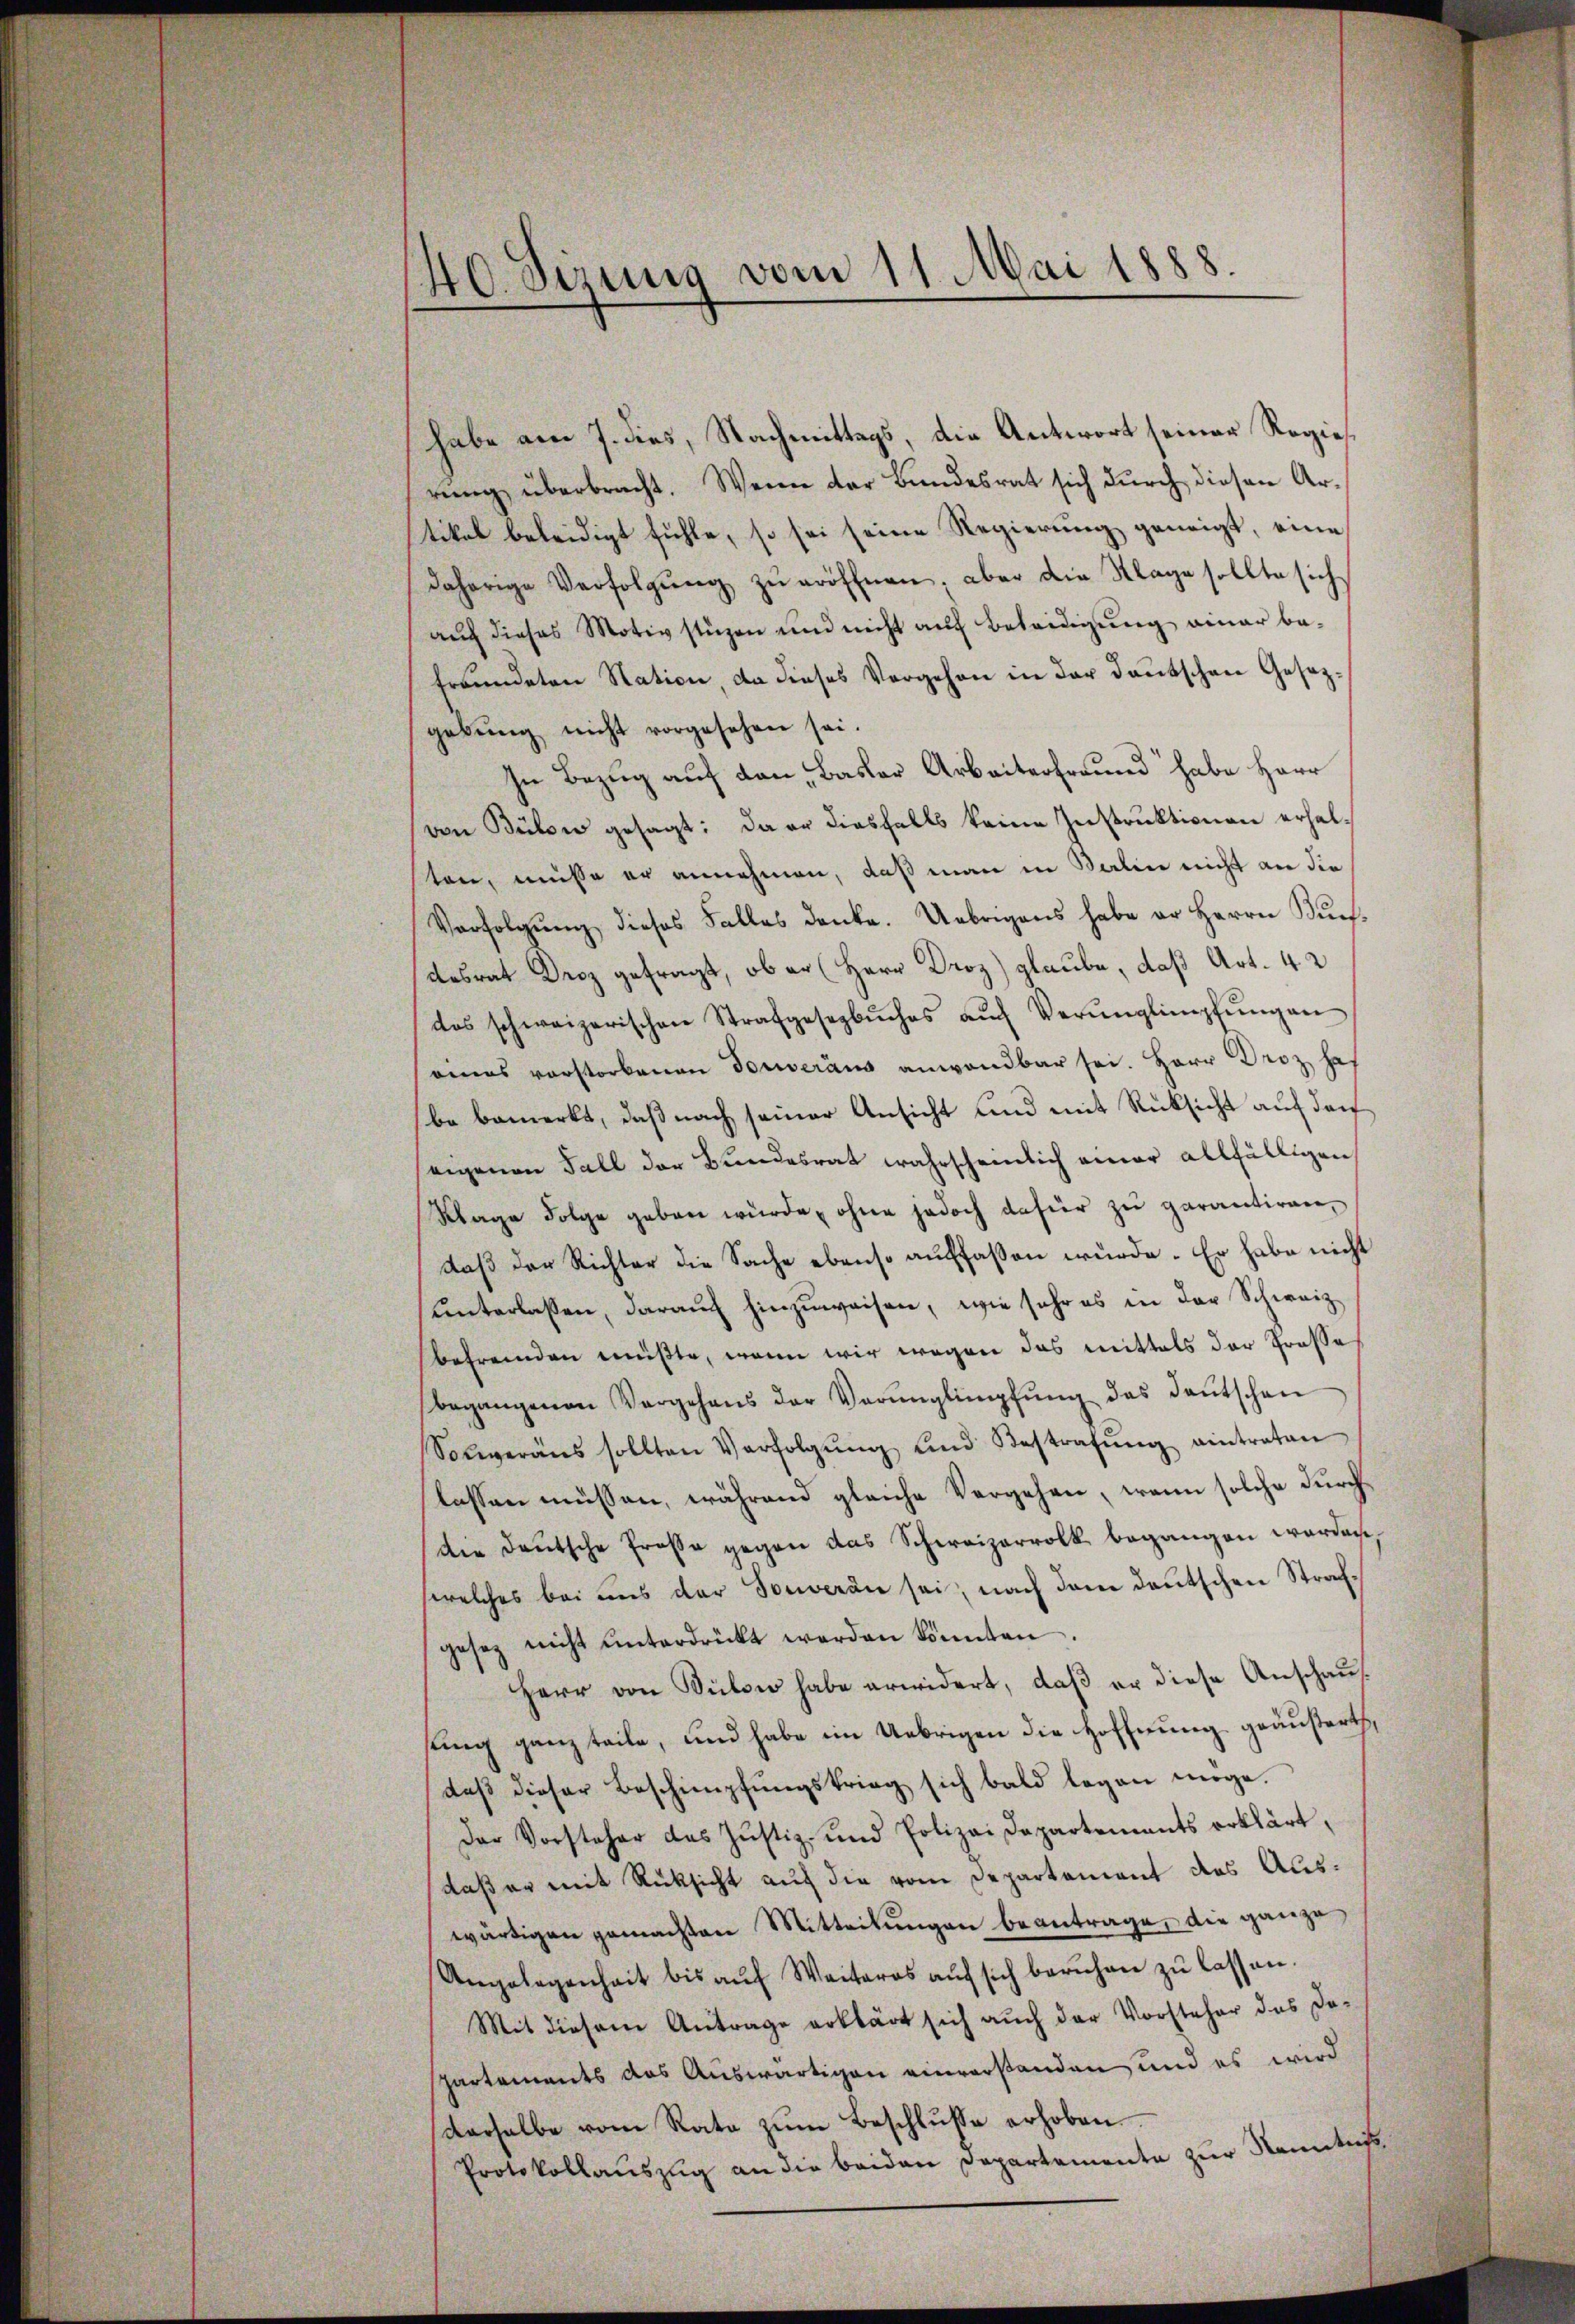
40 Sizung vom 11. Mai 1888.

habe am 7. dies, Nachmittags, die Antwort seiner Regierung überbracht. Wenn der Bundesrat sich durch diesen Artikel beleidigt fühle, so sei seine Regierung geneigt, eine
daherige Verfolgŭng zŭ eröffnen, aber die Klage sollte sich
auch dieses Motivstüzen und nicht auf Beteidigung einer befründeten Station, da dieses Vergehen in der deutschen Gesezgebŭng nicht vorgesehen sei.
In Bezug auf den Basler Arbeiterfreund habe Herr
von Bülow gesagt: da er diesfalls keine Instruktionen erhalten, müsse er annehmen, daß man in Salin nicht an die
Verfolgung dieses Falles denke. Uebrigens habe er Herrn Buchdesrat Droz gefragt, ob er (Herr Droz) glaube, daß Art. 42
das schweizerischen Strafgesezbŭches aŭf Verunglimpfŭngen
eenas verstorbenen Touveraus anwendbar sei. Herr Droz ha
be bemerkt, daß nach seiner Ansicht und mit Rücksicht auf doch
eigenen Fall der Bundesrat wahrscheinlich einer allfälligen,
Wage Folge geben würde, ohne jedoch dafür zu garantiren,
daß der Richter die Sache ebenso auffaßen wurde. Er habe nicht
unterlassen, darauf hinzuweisen, wie sehr es in der Schweiz
befremden müßte, wenn wir wegen das mittels der Grosse
begangenen Vergehens der Verŭnglimpfŭng des deŭtschen
Solweraus sollten Verfolgŭng und Bestrafŭng eintraten
lassen müssen, während gleiche Vergehen, wenn solche durch¬
Die Deutsche Prosse gegen das Schweizervolk begangen werden,
welches bei uns der Souveran sei, nach dem deutschen Strachgesez nicht ŭnterdrückt werden könnten.
Herr von Bülow habe erwidert, daß er diese Anschausung ganz teile, und habe im Uebrigen die Hoffnung geäußert,
daß dieser Beschimpfungskrieg sich bald legen möge.
Der Vorsteher das Justiz- und Polizei Departements erklärt,
daß er mit Rücksicht auf die vom Departement des Auswärtigen gemachten Mitteilungen beantrage, die ganze
Angelegenheit bis aŭf Weiteres aŭf sich beruhen zŭ lassen.
Mit diesem Antrage erklärt sich auch der Vorsteher das De-
partements das Auswärtigen einverstanden und es wird
derhalbe vom Rate zŭm Beschlŭsse erhoben.
Protokollauszug an die beiden Departemente zur Kenntniß